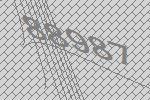
88987